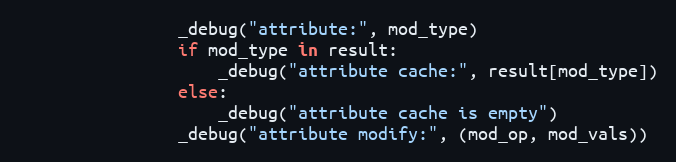
Language: Python
                _debug("attribute:", mod_type)
                if mod_type in result:
                    _debug("attribute cache:", result[mod_type])
                else:
                    _debug("attribute cache is empty")
                _debug("attribute modify:", (mod_op, mod_vals))